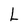
Character: L